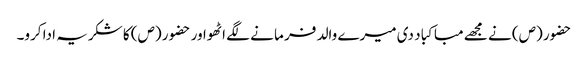
حضور (ص) نے مجھے مبا کبا د دی میرے والد فر ما نے لگے اٹھواور حضو ر (ص) کا شکریہ ادا کرو۔